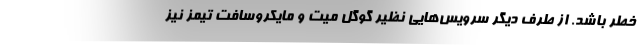
خطر باشد. از طرف دیگر سرویس‌هایی نظیر گوگل میت و مایکروسافت تیمز نیز